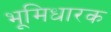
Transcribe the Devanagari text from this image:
भूमिधारक